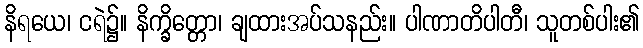
နိရယေ၊ ငရဲ၌။ နိက္ခိတ္တော၊ ချထားအပ်သနည်း။ ပါဏာတိပါတီ၊ သူတစ်ပါး၏